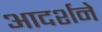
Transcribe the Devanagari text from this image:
आदर्शने